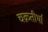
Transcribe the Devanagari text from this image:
चक्रतीर्था